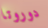
دوروتا